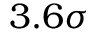
3 . 6 \sigma